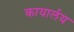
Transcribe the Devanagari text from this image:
कायार्लय